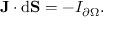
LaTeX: \mathbf { J } \cdot \mathrm { { d } } \mathbf { S } = - I _ { \partial \Omega } .